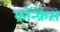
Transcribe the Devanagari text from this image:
कॉन्‍फ्रेंस